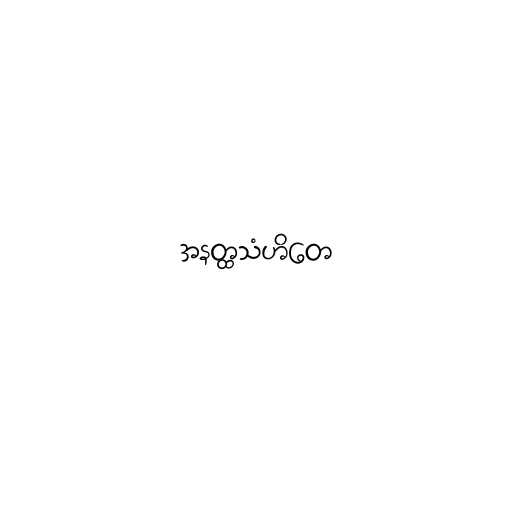
အနတ္ထသံဟိတေ